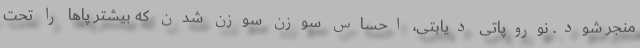
منجر شود. نوروپاتی دیابتی، احساس سوزن سوزن شدن که بیشتر پاها را تحت